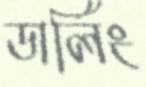
ডার্লিং